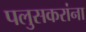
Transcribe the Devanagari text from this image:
पलुसकरांना